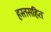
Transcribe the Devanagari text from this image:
हस्तसहित